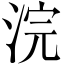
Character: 浣